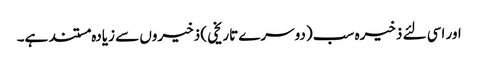
اور اسی لئے ذخیرہ سب (دوسرے تاریخی ) ذخیروں سے زیادہ مستند ہے۔